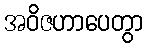
အဝိဇဟာပေတွာ